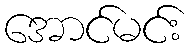
အောင်မင်း